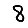
Digit: 8